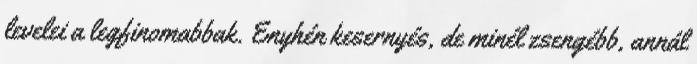
levelei a legfinomabbak. Enyhén kesernyés, de minél zsengébb, annál